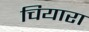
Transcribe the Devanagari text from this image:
चियारा